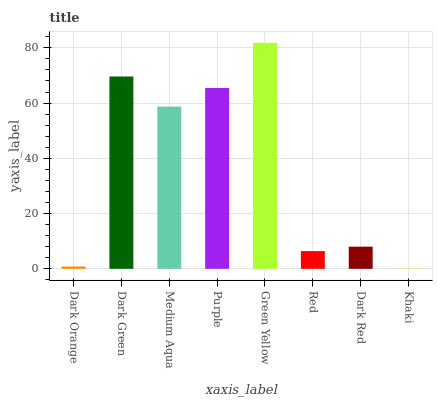
| xaxis_label | bars |
 | --- | --- |
 | Dark Orange | 0.831 |
 | Dark Green | 69.6 |
 | Medium Aqua | 58.7 |
 | Purple | 65.5 |
 | Green Yellow | 81.8 |
 | Red | 6.42 |
 | Dark Red | 8.01 |
 | Khaki | 0.216 |